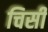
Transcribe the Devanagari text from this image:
चिसी